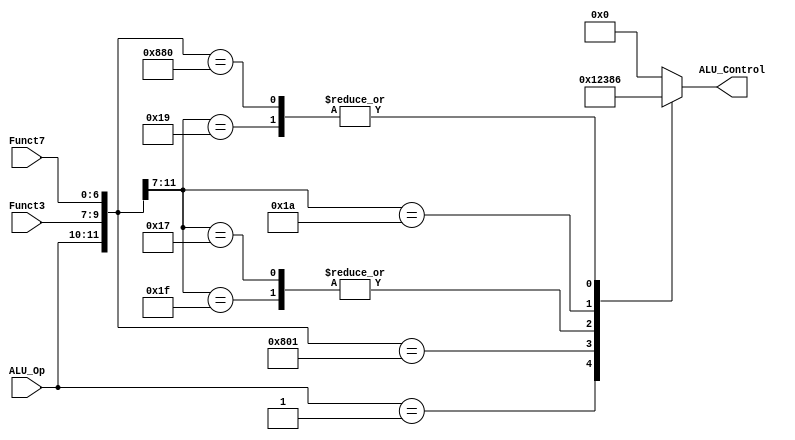
module ALU_Decoder
(
	input 		[1:0]	ALU_Op,
	input 		[2:0]	Funct3,
	input       [6:0] Funct7,
	
	output reg	[3:0]	ALU_Control
);

/*	localparam	add 	= 8'b00_100000,
					addi	= 8'b00_xxxxxx,
					lui	= 8'b10_xxxxxx,
					andi   =8'b01_xxxxxx;*/
					
	localparam	add_d  = 12'b00_xxx_xxxxxxx,
	            add    = 12'b10_000_0000000,
	            addi   = 12'b11_000_xxxxxxx,
	
	            sub 	 = 12'b01_xxx_xxxxxxx,
					mul    = 12'b10_000_0000001,
					
					slti   = 12'b11_010_xxxxxxx,
					
					slli   = 12'b11_001_xxxxxxx,
					sll    = 12'b10_001_0000000,
					
					andi   = 12'b11_111_xxxxxxx,
					andd   = 12'b10_111_xxxxxxx;
					
					
					/*xorr   = 5'b00_100,
					sll    = 5'b00_101,
					srl    = 5'b01_101,
					orr    = 5'b00_110,
					andd   = 5'b00_111;*/
					
					
	
	
					/*addi	= 5'b00_,
					lui	= 5'b10_,
					andi   =5'b01_;*/
	
	
	always@({ALU_Op,Funct3, Funct7}) begin
		casex({ALU_Op,Funct3, Funct7})
		   add_d :  ALU_Control = 4'b0000;
			add	:	ALU_Control = 4'b0000;
			addi	:	ALU_Control = 4'b0000;
			
			sub	:	ALU_Control = 4'b0001;
			mul	:	ALU_Control = 4'b0010;
			
			andi	:	ALU_Control = 4'b0011;
			andd	:	ALU_Control = 4'b0011;
		/*	orr 	:	ALU_Control = 4'b0100;
			xorr   :	ALU_Control = 4'b0101;
			
			srl   :	ALU_Control = 4'b0111;*/
			slti   :	ALU_Control = 4'b1000;
			
			slli  :	ALU_Control = 4'b0110;
			sll   :	ALU_Control = 4'b0110;
			default: 	ALU_Control = 4'b0000; // Default case item
			

			/*addi	:	ALU_Control = 3'b000;
			
			andi	:	ALU_Control = 3'b011;
			
			lui	:	ALU_Control = 3'b110;*/

		endcase
	end
endmodule